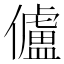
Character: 𠐳